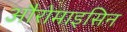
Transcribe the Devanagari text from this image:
औरोमाइसिन